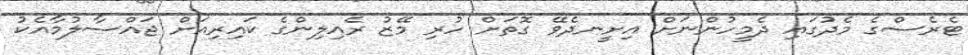
ޓެރެސްގެ މެދުގައި ދެމީހުންނަށް އިށީނދެވޭ ގޮތަށް ހުރި މޭޒު ރެއިލިންގެ ކައިރިއަށް ޖައްސާލުމާއެކު